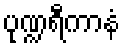
ပုဏ္ဍရီကာနံ